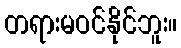
တရားမဝင်နိုင်ဘူး။